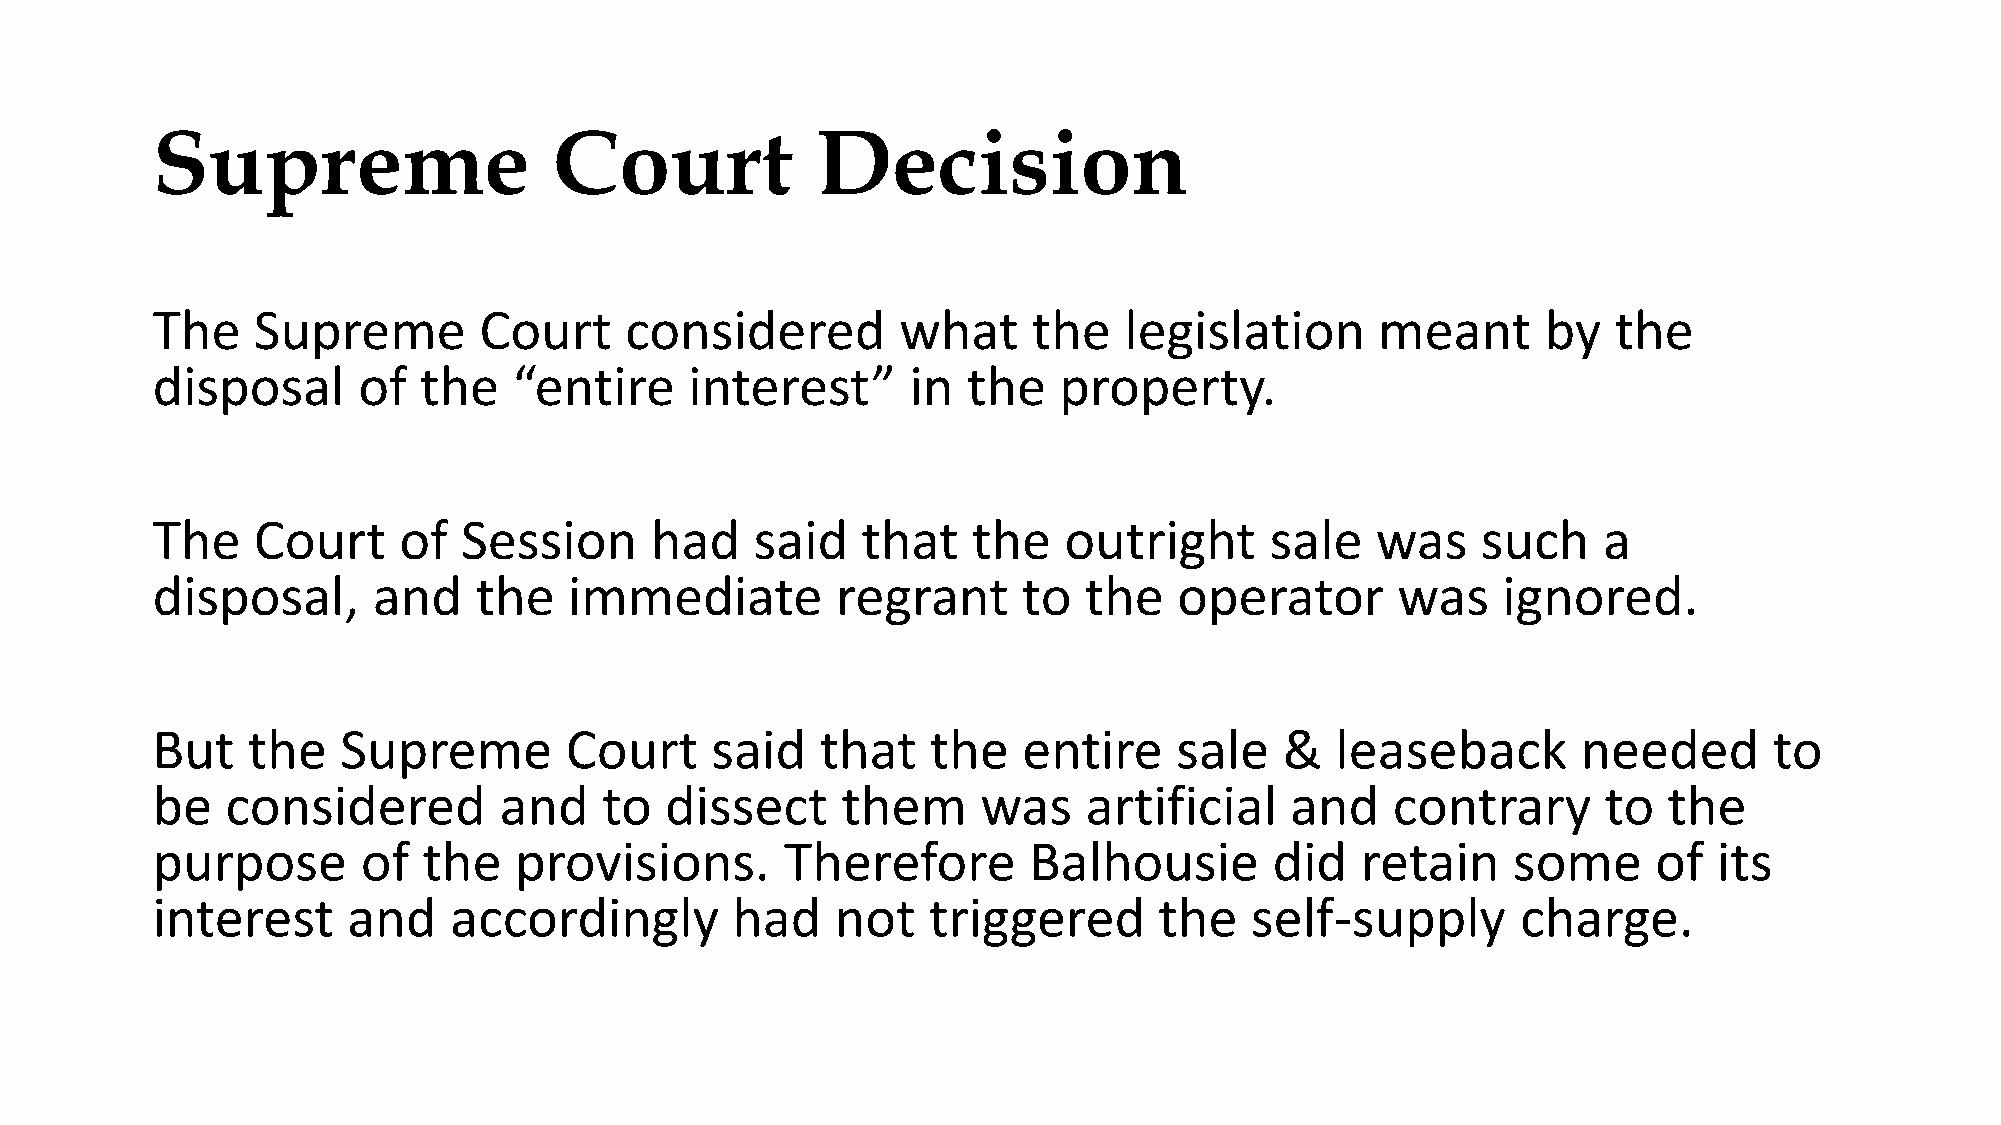
Supreme                    Court            Decision
 The    Supreme        Court    considered         what    the   legislation      meant      by   the
 disposal      of  the   “entire     interest”     in  the   property.
 The    Court    of   Session     had    said   that   the   outright      sale   was    such    a
 disposal,      and   the    immediate        regrant      to  the   operator      was    ignored.
 But   the    Supreme       Court     said   that    the   entire    sale   &  leaseback        needed      to
 be   considered        and    to  dissect     them     was    artificial   and    contrary      to  the
 purpose       of  the   provisions.       Therefore       Balhousie       did   retain    some      of  its
 interest     and    accordingly       had    not   triggered       the   self-supply       charge.